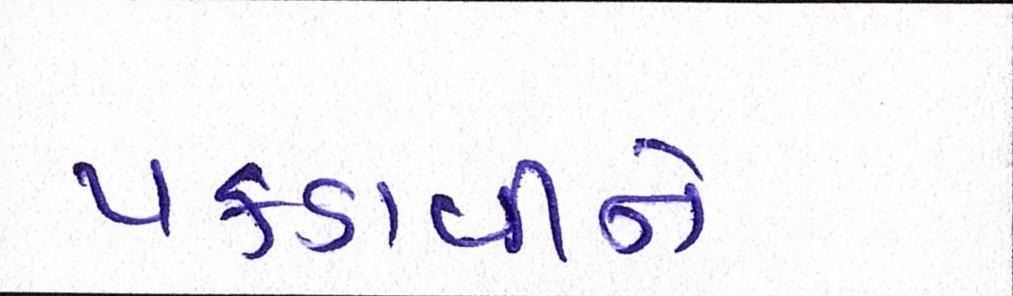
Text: પકડાવીને